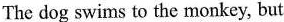
The dog swims to the monkey, but